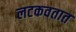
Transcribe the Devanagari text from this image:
लटकवतात